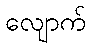
လျောက်